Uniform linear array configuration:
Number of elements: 8
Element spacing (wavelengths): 0.75
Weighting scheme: cosine
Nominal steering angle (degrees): -30
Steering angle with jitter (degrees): -28.781
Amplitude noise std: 0.05
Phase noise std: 0.05

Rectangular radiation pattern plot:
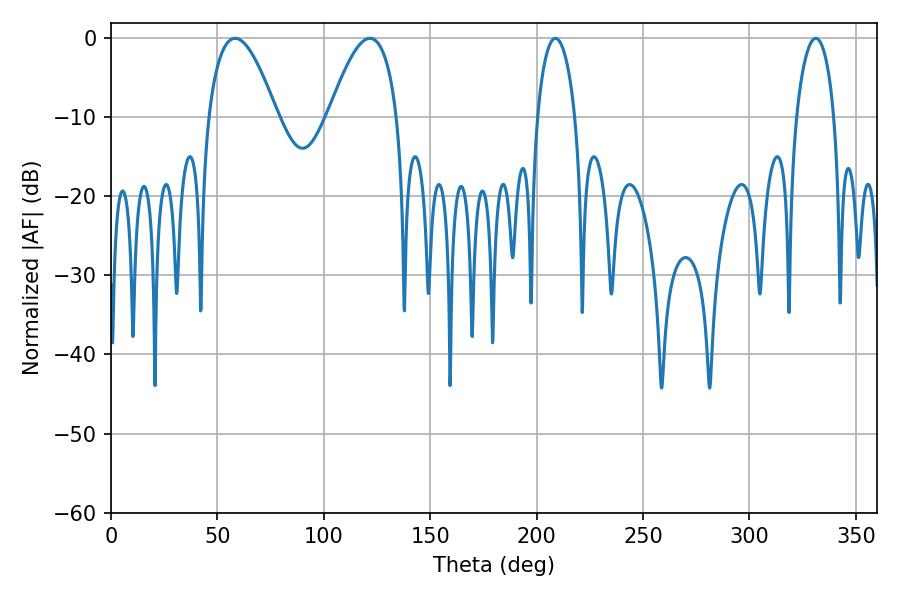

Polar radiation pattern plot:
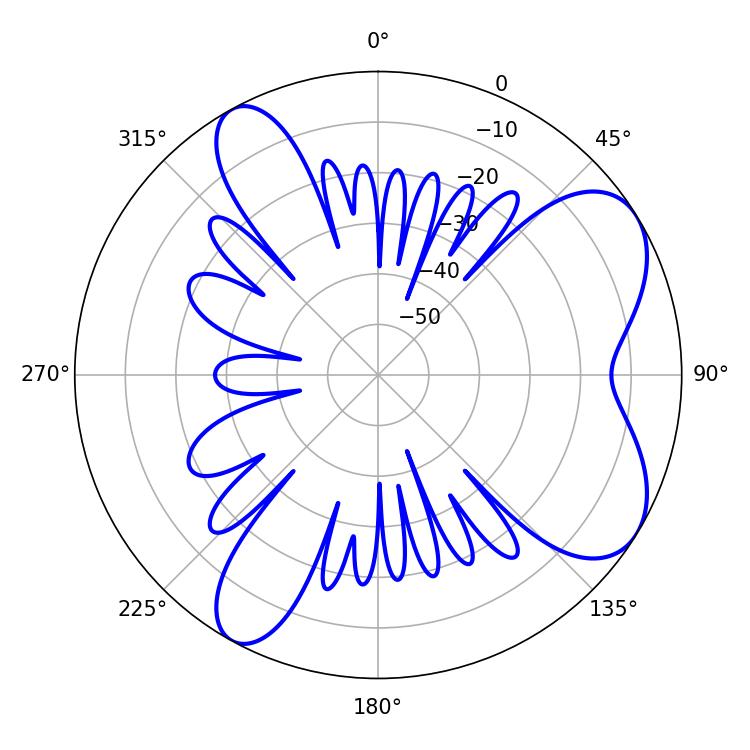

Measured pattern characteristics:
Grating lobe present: TRUE
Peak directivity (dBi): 6.998
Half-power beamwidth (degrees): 17.64
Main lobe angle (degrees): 58.32